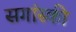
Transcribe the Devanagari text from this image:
सगांस्की